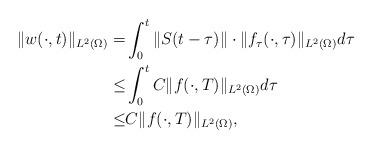
LaTeX: \begin{align*}\|w(\cdot,t)\|_{L^2(\Omega)}=&\int_{0}^t\|S(t-\tau)\|\cdot\|f_\tau(\cdot,\tau)\|_{L^2(\Omega)}d\tau\\\leq&\int_{0}^tC\|f(\cdot,T)\|_{L^2(\Omega)}d\tau\\\leq& C\|f(\cdot,T)\|_{L^2(\Omega)},\end{align*}